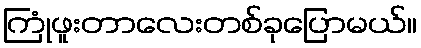
ကြုံဖူးတာလေးတစ်ခုပြောမယ်။